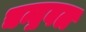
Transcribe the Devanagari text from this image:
चन्द्रबल